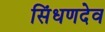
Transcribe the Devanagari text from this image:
सिंधणदेव